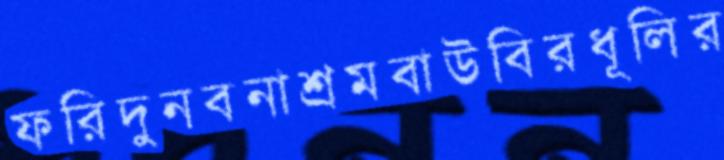
ফরিদুনবনাশ্রমবাউবিরধূলির